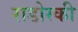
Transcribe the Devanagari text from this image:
राडोस्की